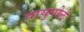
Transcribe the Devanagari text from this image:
वायुगोले